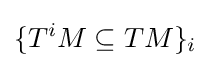
\{T^{i}M\subseteq TM\}_{i}